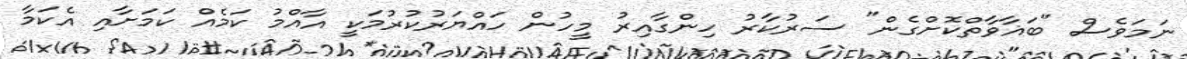
ނަމަވެސް "ބަޣާވާތްކޮށްގެން" ސަރުކާރު ހިންގާއިރު މީހުން ހައްޔަރުކުރުމަކީ އާއްމު ކަމެއް ކަމަށާއި އެކަމާ